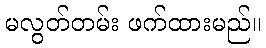
မလွတ်တမ်း ဖက်ထားမည်။